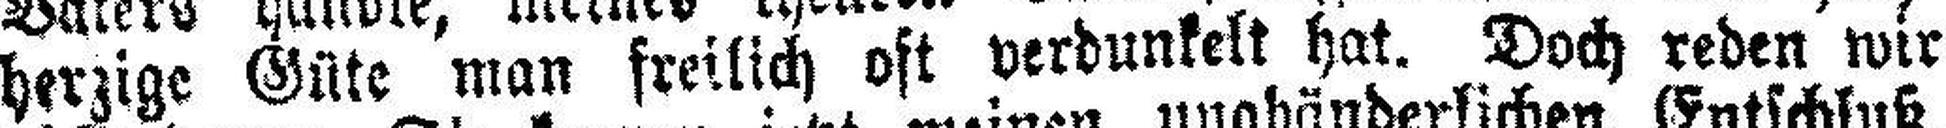
herzige Güte man freilich oft verdunkelt hat. Doch reden wir